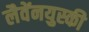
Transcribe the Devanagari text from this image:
लैवेंनयुस्की